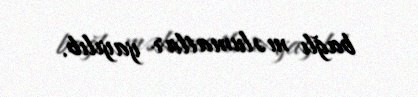
bağlı məlumatlar yayılıb.